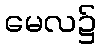
မေလ၌